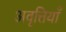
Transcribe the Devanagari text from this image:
अवृत्तियाँ